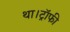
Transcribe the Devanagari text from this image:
था।ट्रॉफी